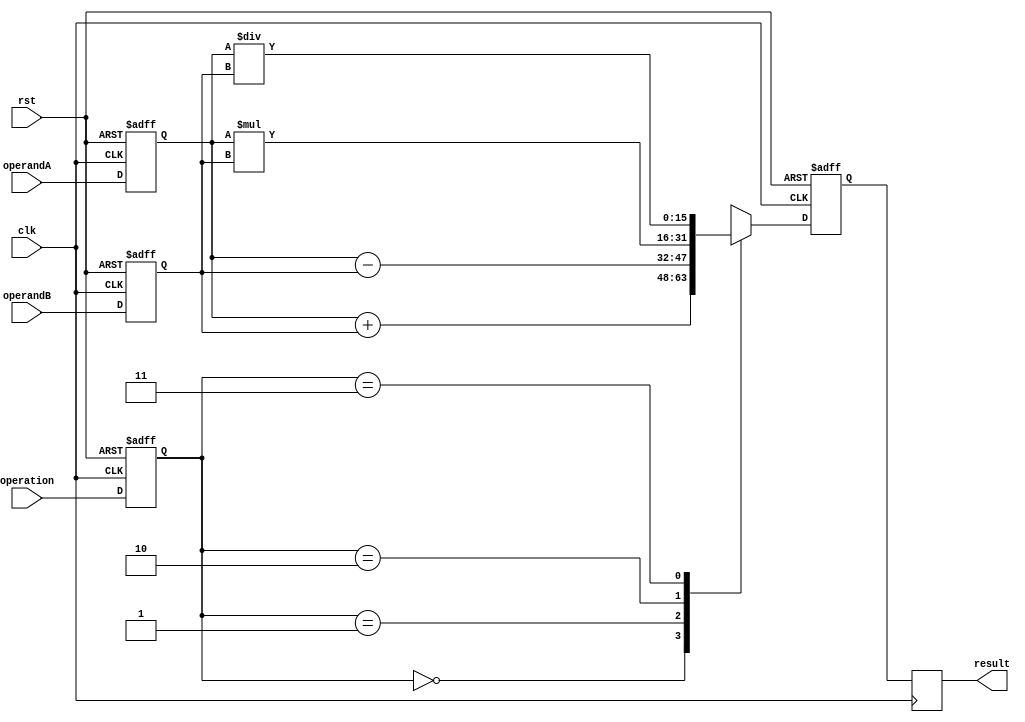
module HalfPrecisionFloatingPointUnit (
    input clk,
    input rst,
    input [15:0] operandA,
    input [15:0] operandB,
    input [1:0] operation,
    output reg [15:0] result
);

reg [15:0] inputA_reg;
reg [15:0] inputB_reg;
reg [1:0] operation_reg;
reg [15:0] result_reg;

always @(posedge clk or posedge rst) begin
    if (rst) begin
        inputA_reg <= 0;
        inputB_reg <= 0;
        operation_reg <= 0;
        result_reg <= 0;
    end else begin
        inputA_reg <= operandA;
        inputB_reg <= operandB;
        operation_reg <= operation;
        
        // Arithmetic Logic Unit (ALU)
        case(operation_reg)
            2'b00: result_reg <= inputA_reg + inputB_reg; // Addition
            2'b01: result_reg <= inputA_reg - inputB_reg; // Subtraction
            2'b10: result_reg <= inputA_reg * inputB_reg; // Multiplication
            2'b11: result_reg <= inputA_reg / inputB_reg; // Division
        endcase
    end
end

always @(posedge clk) begin
    // Output register
    result <= result_reg;
end

endmodule